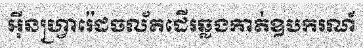
អ៊ីនហ្វ្រារ៉េដចល័តដើរឆ្លងកាត់ឧបករណ៍